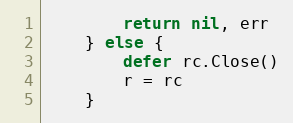
Language: Go
		return nil, err
	} else {
		defer rc.Close()
		r = rc
	}